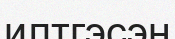
илтгэсэн